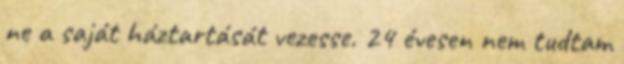
ne a saját háztartását vezesse. 24 évesen nem tudtam